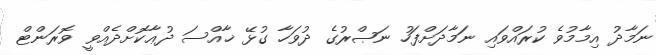
ނަމާދު އިމާމުވެ ކުރައްވައި ނަމާދަށްފަހު ނަޞްރުގެ ދުވަހާ ގުޅޭ ޚާއްސަ ދުޢާކޮށްދެއްވީ ވޮރަންޓް